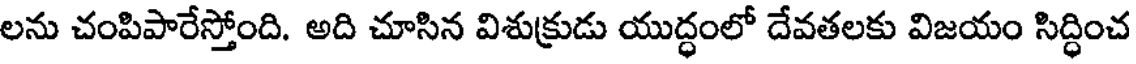
లను చంపిపారేస్తోంది. అది చూసిన విశుక్రుడు యుద్ధంలో దేవతలకు విజయం సిద్ధించ